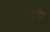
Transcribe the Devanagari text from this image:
नेटचे